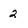
Character: 2